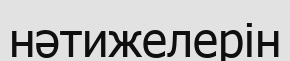
нәтижелерін